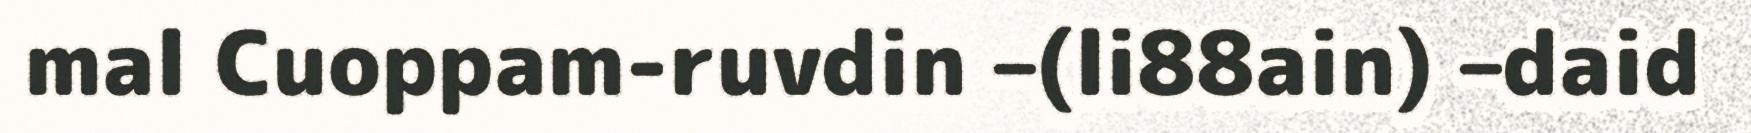
mal Cuoppam-ruvdin –(li88ain) –daid